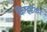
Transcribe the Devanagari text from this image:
किन्हईकर